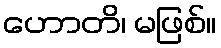
ဟောတိ၊ မဖြစ်။